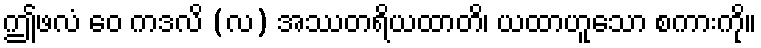
ဤဖလံ ဝေ ကဒလိ (လ) အဿတရိယထာတိ၊ ယထာဟူသော စကားကို။